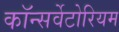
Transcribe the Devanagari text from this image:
कॉन्सर्वेटोरियम